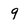
Character: 9